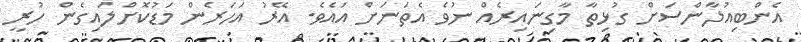
އެންބިއުލާންސަށް ގުޅިތާ މާގިނައިރެއް ނުވެ އެތަނަށް އައެވެ. އޭރު އަހަރެން މަޑުކޮށްލައިގެން ހުރީ